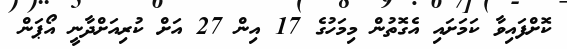
ކޮށްފައިވާ ކަމަށައި އެގޮތުން މިމަހުގެ 17 އިން 27 އަށް ކުރިއަށްދާނީ އޯޕަން